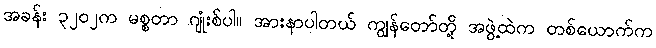
အခန်း ၃၂၀၂က မစ္စတာ ဂျုံးစ်ပါ။ အားနာပါတယ် ကျွန်တော်တို့ အဖွဲ့ထဲက တစ်ယောက်က